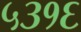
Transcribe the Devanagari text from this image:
५३१६